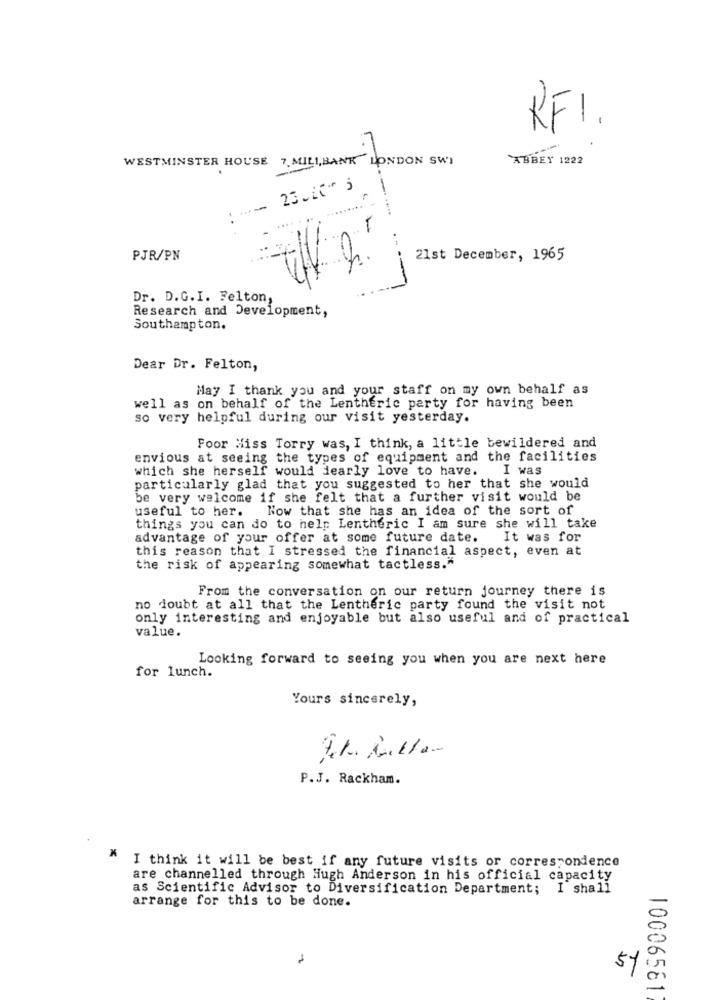
RFI.
WESTMINSTER HOUSE
7. MILI, BANK LONDON SWI
ABBEY 1222
.
23.20* 3
.......
PJR/PN
21st December, 1965
-
Dr. D.G.I. Felton,
Research and Development,
Southampton.
Dear Dr. Felton,
May I thank you and your staff on my own behalf as
well as on behalf of the Lentheric party for having been
so very helpful during our visit yesterday.
Foor Hiss Torry was, I think, a little bewildered and
envious at seeing the types of equipment and the facilities
which she herself would dearly love to have. I was
particularly glad that you suggested to her that she would
be very welcome if she felt that a further visit would be
useful to her. Now that she has an idea of the sort of
things you can do to help Lentheric I am sure she will take
advantage of your offer at some future date.
It was for
this reason that I stressed the financial aspect, even at
the risk of appearing somewhat tactless."
From the conversation on our return journey there is
no doubt at all that the Lentheric party found the visit not
only interesting and enjoyable but also useful and of practical
value.
Looking forward to seeing you when you are next here
for lunch.
Yours sincerely,
P.J. Rackham.
I think it will be best if any future visits or correspondence
are channelled through Hugh Anderson in his official capacity
as Scientific Advisor to Diversification Department; I shall
arrange for this to be done.
5%
10006581